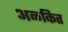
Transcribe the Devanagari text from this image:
अळकित